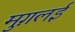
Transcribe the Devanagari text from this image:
मुग़लई